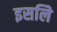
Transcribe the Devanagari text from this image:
इसलिे